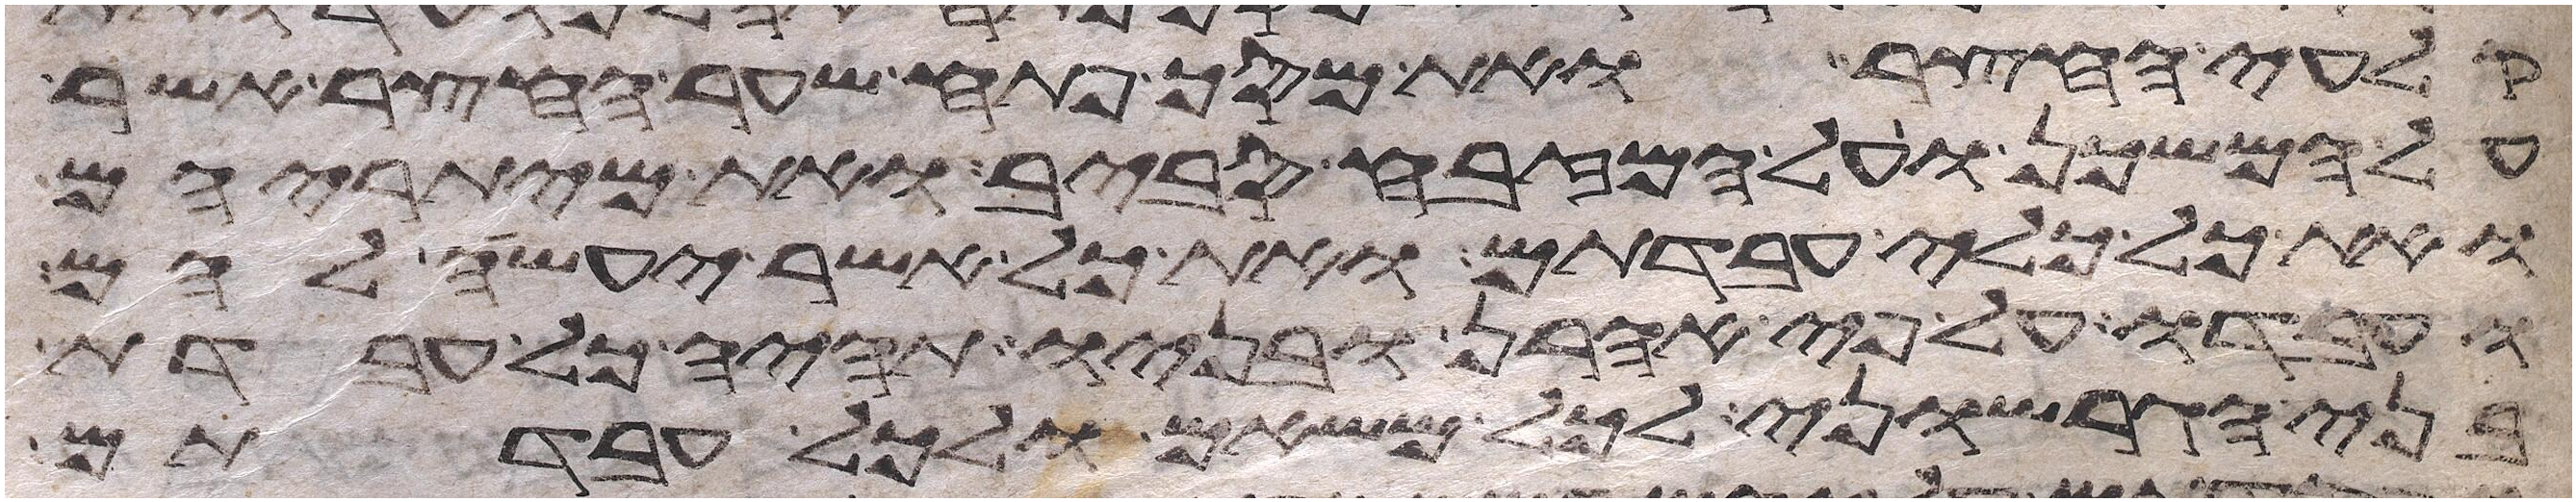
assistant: קלעי החצר ואת מסך פתח שער החצר אשר
על המשכן ועל המזבח סביב ואת מיתריהם
ואת כל כלי עבדתם ואת כל אשר יעשה להם
ועבדו על פי אהרן ובניו תהיה כל עבדת
בני הגרשוני לכל משאם ולכל עבדתם